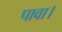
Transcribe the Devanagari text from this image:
पावा।